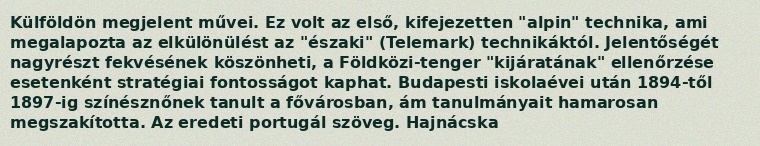
Külföldön megjelent művei. Ez volt az első, kifejezetten "alpin" technika, ami megalapozta az elkülönülést az "északi" (Telemark) technikáktól. Jelentőségét nagyrészt fekvésének köszönheti, a Földközi-tenger "kijáratának" ellenőrzése esetenként stratégiai fontosságot kaphat. Budapesti iskolaévei után 1894-től 1897-ig színésznőnek tanult a fővárosban, ám tanulmányait hamarosan megszakította. Az eredeti portugál szöveg. Hajnácska